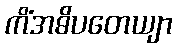
ကိံအဓိပတေယျာ